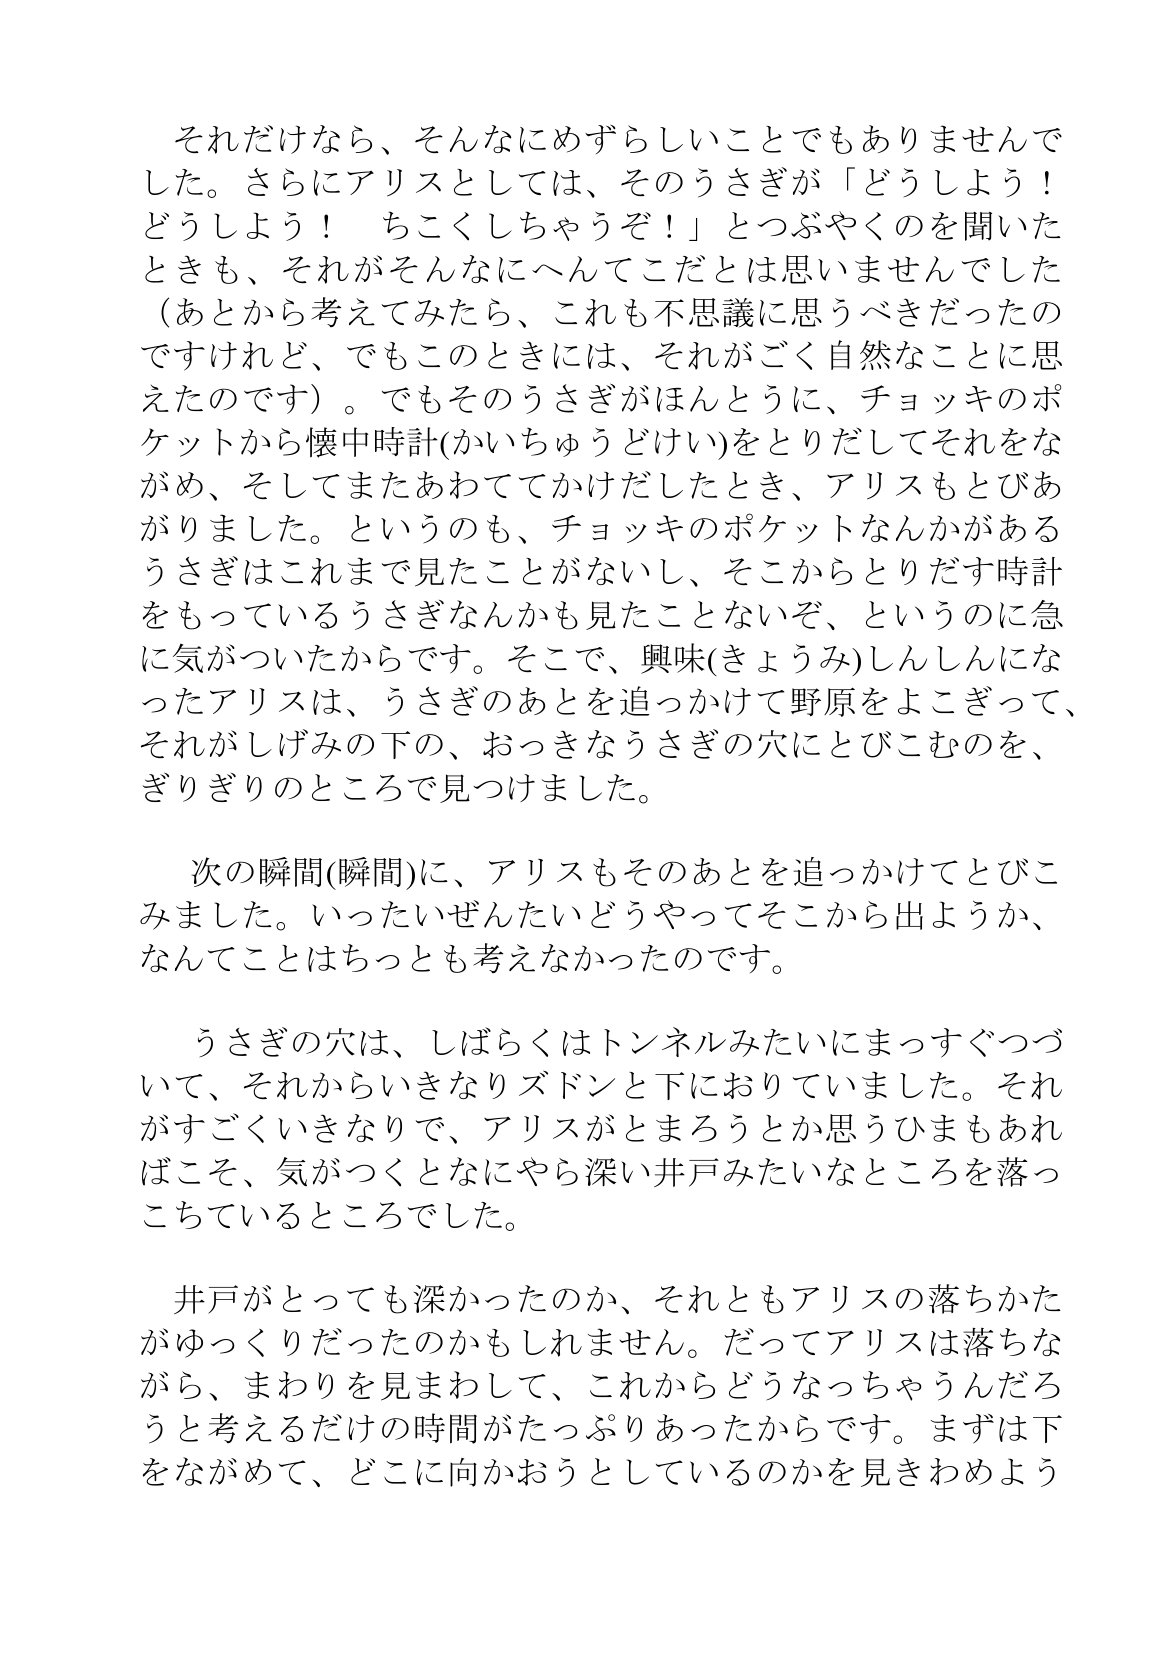
Language: ja